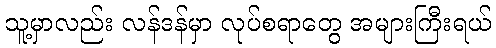
သူ့မှာလည်း လန်ဒန်မှာ လုပ်စရာတွေ အများကြီးရယ်